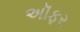
અૉફર